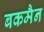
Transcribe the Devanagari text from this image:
बकमैन